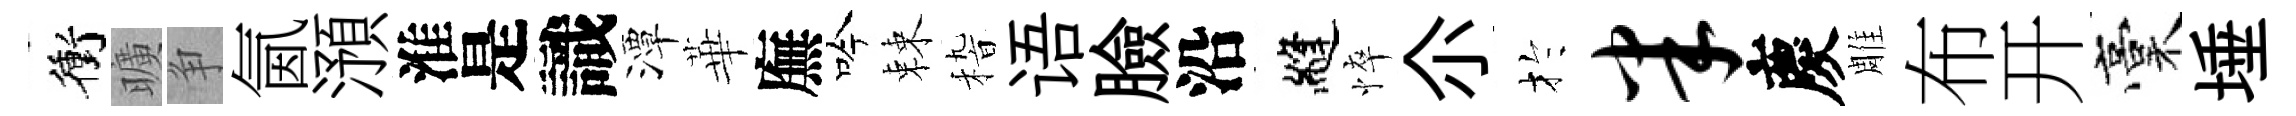
衝曠争氤澦淮是識潭華廡吟棘𥟵语臉沿縫悴尒扵半慶雕布开稾埵